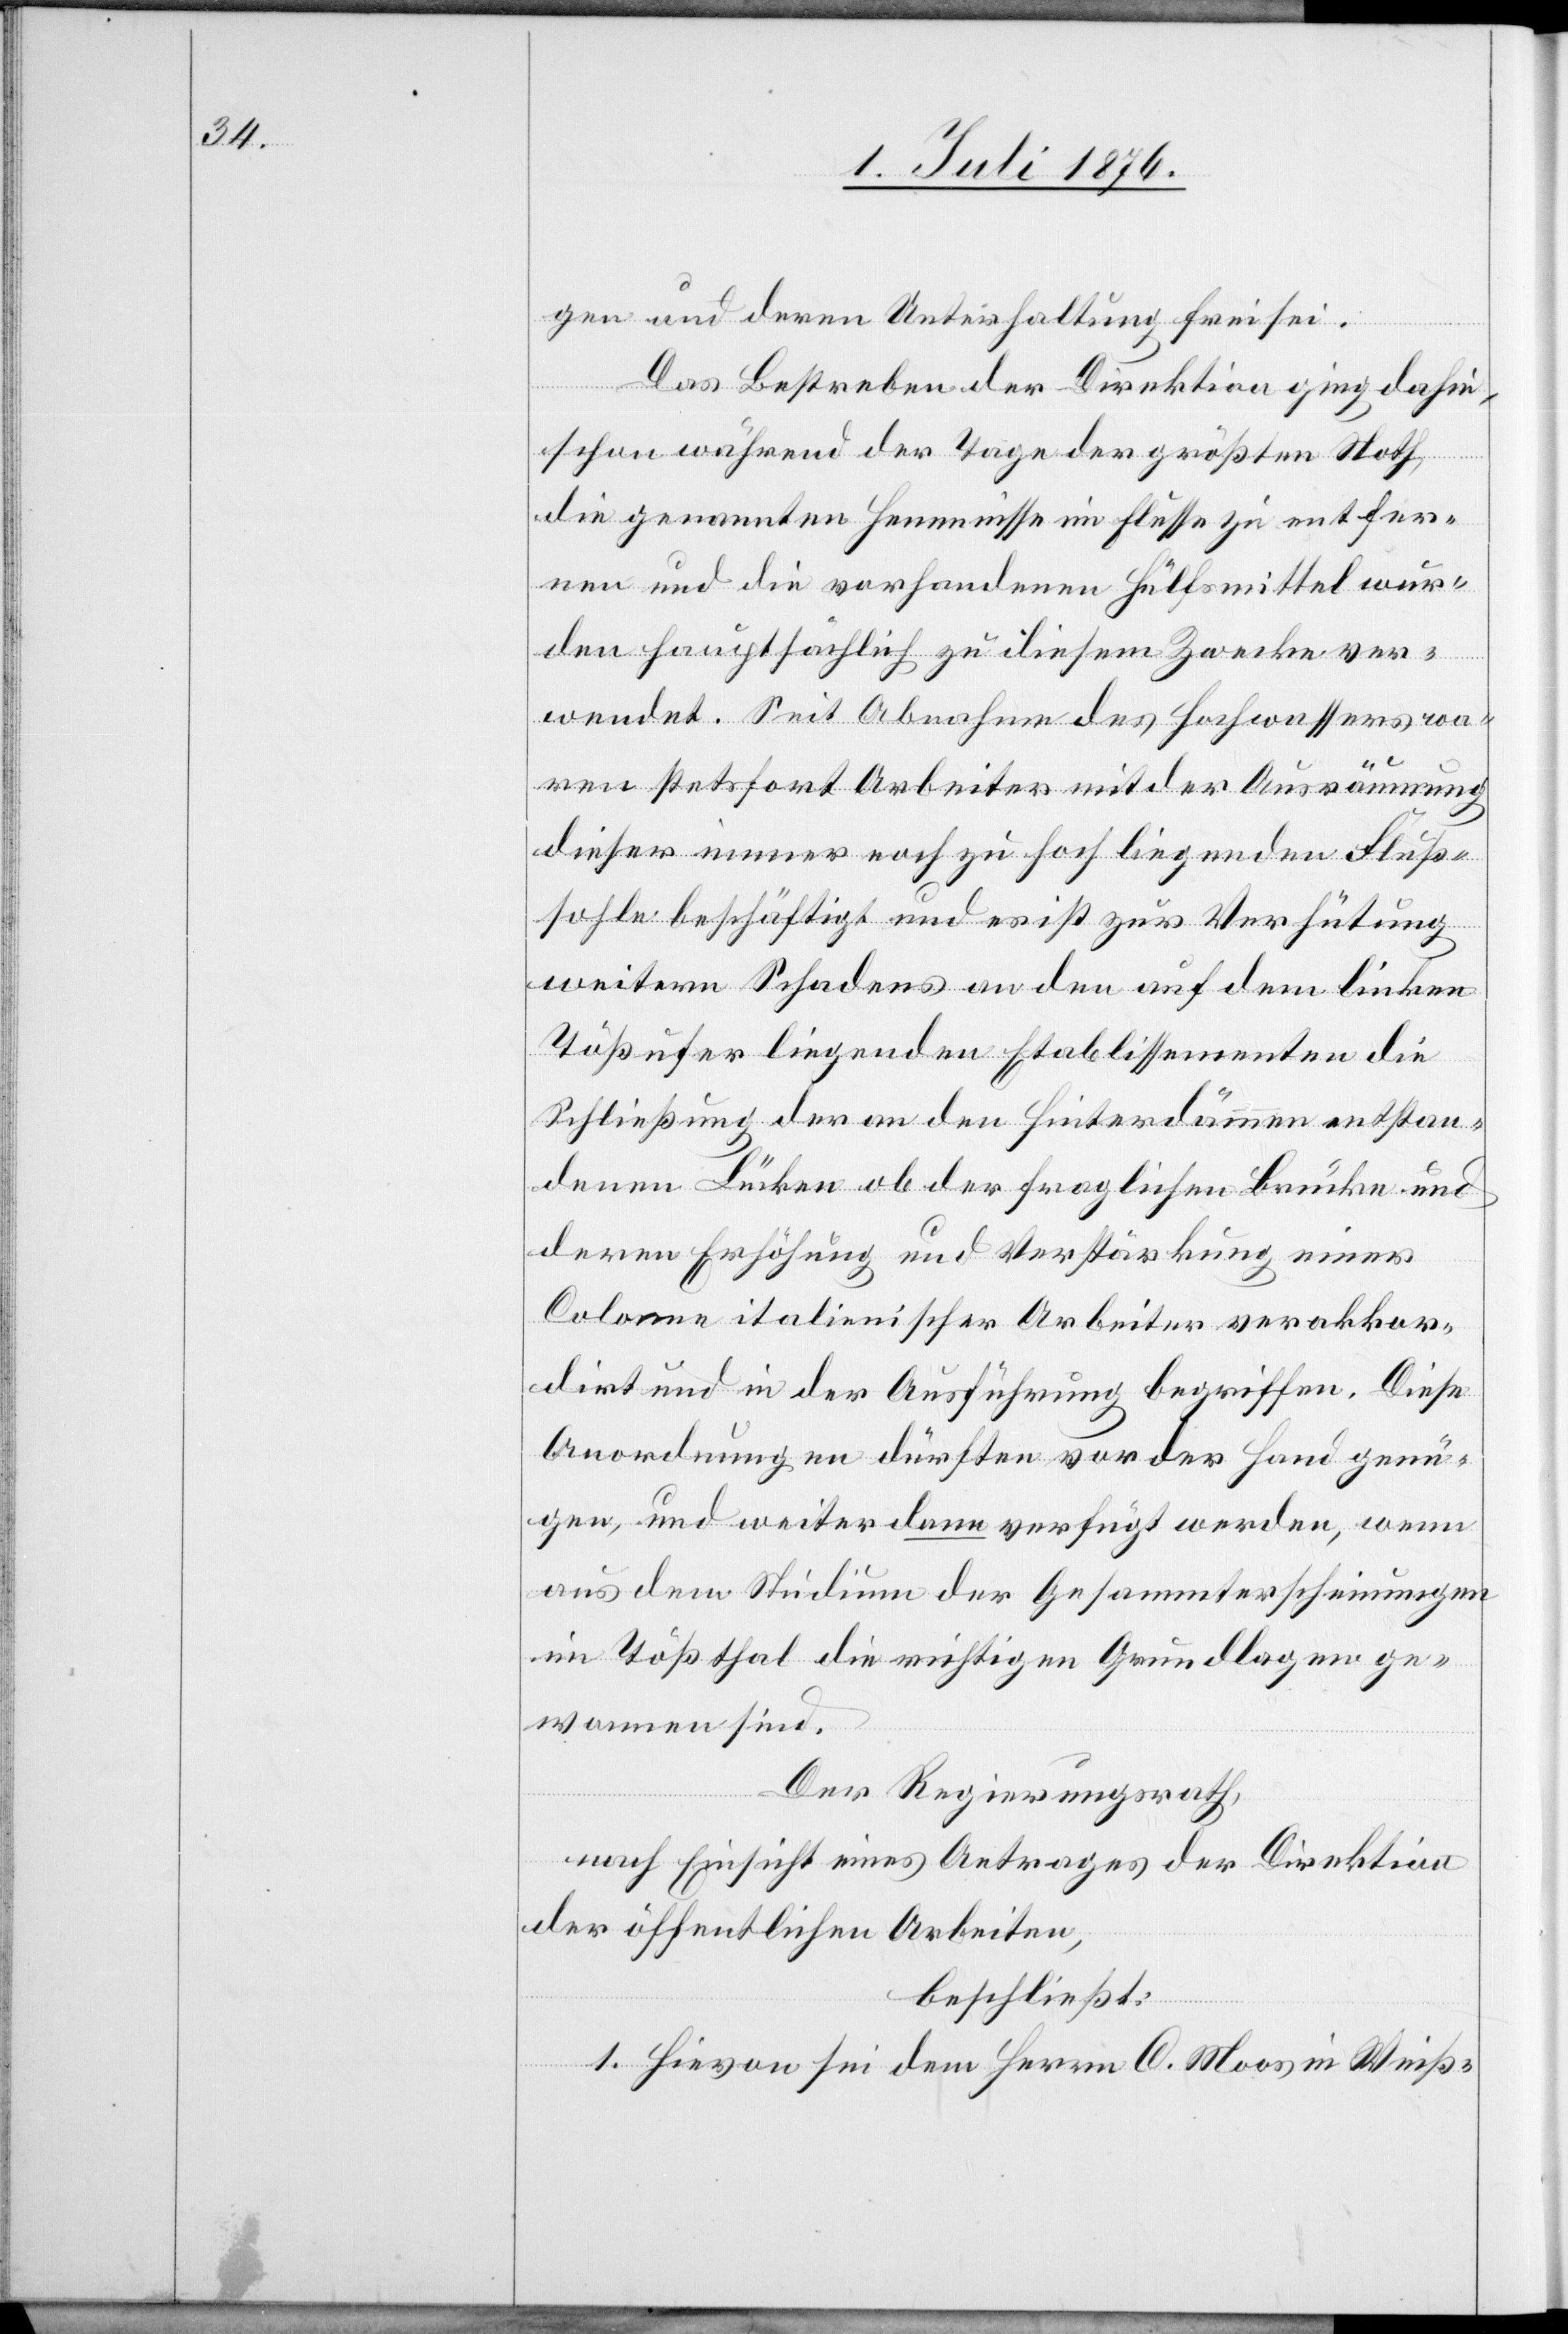
gen und deren Unterhaltung frei sei.
Das Bestreben der Direktion ging dahin,
schon während der Tage der größten Noth
die genannten Hemmnisse im Flusse zu entfer¬
nen und die vorhandenen Hülfsmittel wur¬
den hauptsächlich zu diesem Zwecke ver¬
wendet. Seit Abnahme des Hochwassers wa¬
ren stetsfort Arbeiter mit der Ausräumung
dieser immer noch zu hoch liegenden Fluß¬
sohle beschäftigt und es ist zur Verhütung
weitern Schadens an den auf dem linken
Tößufer liegenden Etablissementen die
Schließung der an den Hinterdämmen entstan¬
denen Lücken ob der fraglichen Brücke und
deren Erhöhung und Verstärkung einer
Colonne italienischer Arbeiter verakkor¬
dirt und in der Ausführung begriffen. Diese
Anordnungen dürften vor der Hand genü¬
gen, und weiter dann verfügt werden, wenn
aus dem Studium der Gesammterscheinungen
im Tößthal die richtigen Grundlagen ge¬
wonnen sind.
Der Regierungsrath,
nach Einsicht eines Antrages der Direktion
der öffentlichen Arbeiten,
beschließt:
1. Hievon sei dem Herrn C. Moos in Weiß-